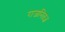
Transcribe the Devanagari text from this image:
राजनितज्ञ